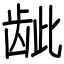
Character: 龇